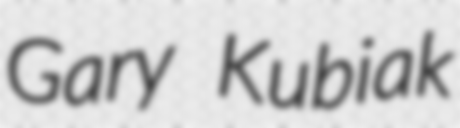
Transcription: Gary Kubiak